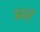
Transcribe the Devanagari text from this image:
ऊध्र